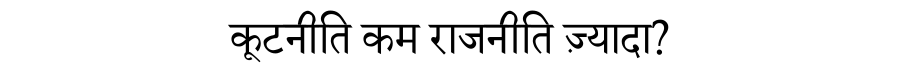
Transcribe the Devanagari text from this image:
कूटनीति कम राजनीति ज़्यादा?